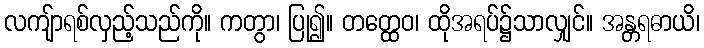
လကျ်ာရစ်လှည့်သည်ကို။ ကတွာ၊ ပြု၍။ တတ္ထေဝ၊ ထိုအရပ်၌သာလျှင်။ အန္တရဓာယိ၊